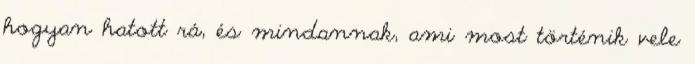
hogyan hatott rá, és mindannak, ami most történik vele